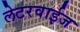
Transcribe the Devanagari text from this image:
लेटरवाईज